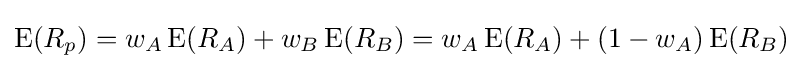
\operatorname {E} (R_{p})=w_{A}\operatorname {E} (R_{A})+w_{B}\operatorname {E} (R_{B})=w_{A}\operatorname {E} (R_{A})+(1-w_{A})\operatorname {E} (R_{B})